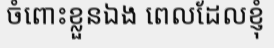
ចំពោះខ្លួនឯង ពេលដែលខ្ញុំ